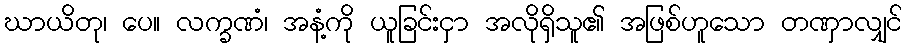
ဃာယိတု၊ ပေ။ လက္ခဏံ၊ အနံ့ကို ယူခြင်းငှာ အလိုရှိသူ၏ အဖြစ်ဟူသော တဏှာလျှင်